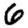
Digit: 6